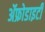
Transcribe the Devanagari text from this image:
ॲफ्रोडाइटी